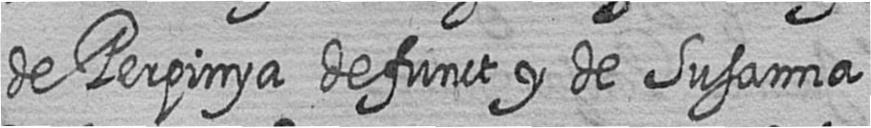
de Perpinya defunct y de Susanna